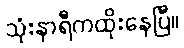
သုံးနာရီကထိုးနေပြီ။